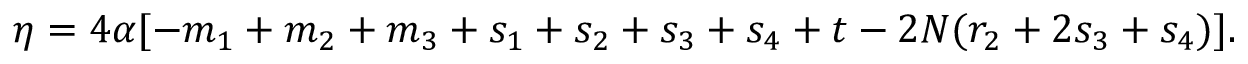
\eta = 4 \alpha [ - m _ { 1 } + m _ { 2 } + m _ { 3 } + s _ { 1 } + s _ { 2 } + s _ { 3 } + s _ { 4 } + t - 2 N ( r _ { 2 } + 2 s _ { 3 } + s _ { 4 } ) ] .